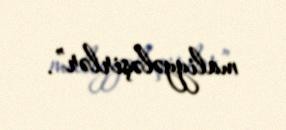
maliyyələşirlər”.